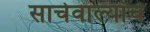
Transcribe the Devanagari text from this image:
साचेवाल्याचे